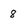
Character: 8